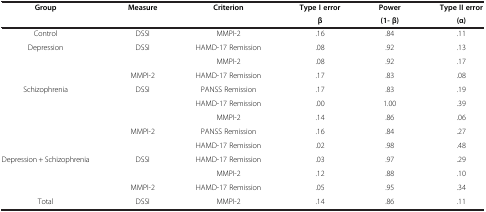
<table><thead><tr><td rowspan="2"><b>Group</b></td><td rowspan="2"><b>Measure</b></td><td rowspan="2"><b>Criterion</b></td><td><b>Type I error</b></td><td><b>Power</b></td><td><b>Type II error</b></td></tr><tr><td><b>β</b></td><td><b>(1- β)</b></td><td><b>(α)</b></td></tr></thead><tbody><tr><td>Control</td><td>DSSI</td><td>MMPI-2</td><td>.16</td><td>.84</td><td>.11</td></tr><tr><td rowspan="3">Depression</td><td rowspan="2">DSSI</td><td>HAMD-17 Remission</td><td>.08</td><td>.92</td><td>.13</td></tr><tr><td>MMPI-2</td><td>.08</td><td>.92</td><td>.17</td></tr><tr><td>MMPI-2</td><td>HAMD-17 Remission</td><td>.17</td><td>.83</td><td>.08</td></tr><tr><td rowspan="5">Schizophrenia</td><td rowspan="3">DSSI</td><td>PANSS Remission</td><td>.17</td><td>.83</td><td>.19</td></tr><tr><td>HAMD-17 Remission</td><td>.00</td><td>1.00</td><td>.39</td></tr><tr><td>MMPI-2</td><td>.14</td><td>.86</td><td>.06</td></tr><tr><td rowspan="2">MMPI-2</td><td>PANSS Remission</td><td>.16</td><td>.84</td><td>.27</td></tr><tr><td>HAMD-17 Remission</td><td>.02</td><td>.98</td><td>.48</td></tr><tr><td rowspan="3">Depression + Schizophrenia</td><td rowspan="2">DSSI</td><td>HAMD-17 Remission</td><td>.03</td><td>.97</td><td>.29</td></tr><tr><td>MMPI-2</td><td>.12</td><td>.88</td><td>.10</td></tr><tr><td>MMPI-2</td><td>HAMD-17 Remission</td><td>.05</td><td>.95</td><td>.34</td></tr><tr><td>Total</td><td>DSSI</td><td>MMPI-2</td><td>.14</td><td>.86</td><td>.11</td></tr></tbody></table>